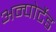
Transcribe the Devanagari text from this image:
अन्पोर्टेड